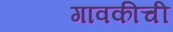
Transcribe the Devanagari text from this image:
गावकीची